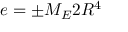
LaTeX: e = \pm M _ { E } 2 R ^ { 4 }